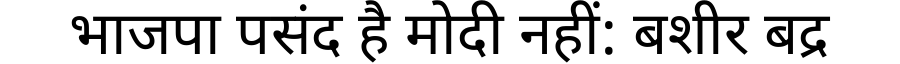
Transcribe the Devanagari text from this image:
भाजपा पसंद है मोदी नहीं: बशीर बद्र